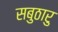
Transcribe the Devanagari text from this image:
सबुठारु